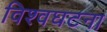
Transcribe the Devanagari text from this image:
विश्वघटना